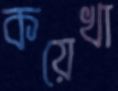
কয়েখা